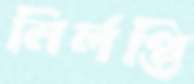
নির্লপ্তি